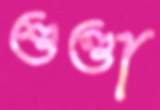
শুণ্ডা